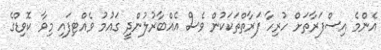
އެންމެ އިސްފަރާތަށް ހުރިހާ ފަރާތްތަކަކުން ވެސް އެއްބާރުލުންދީ ގައުމު ވެއްޓިފައި މިވާ ކޮވިޑްގެ